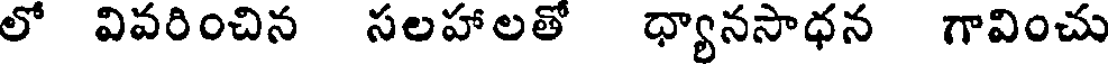
లో వివరించిన సలహాలతో ధ్యానసాధన గావించు